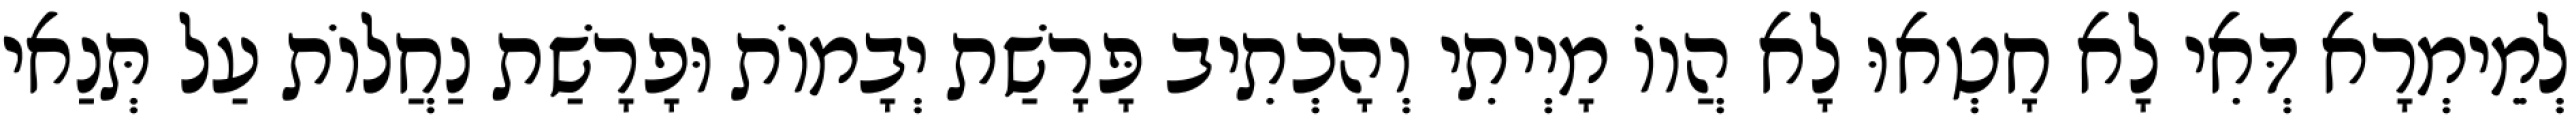
לְמֵימְרָא דְּאִי לָא חָטְאוּ לָא הֲווֹ מָיְיתִי וְהָכְתִיב פָּרָשַׁת יְבָמוֹת וּפָרָשַׁת נַחֲלוֹת עַל תְּנַאי